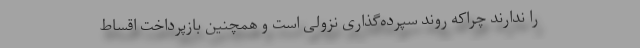
را ندارند چراکه روند سپرده‌گذاری نزولی است و همچنین بازپرداخت اقساط